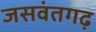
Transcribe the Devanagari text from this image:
जसवंतगढ़